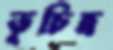
ভূচিত্র